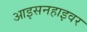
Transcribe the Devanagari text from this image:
आइसनहाइवर